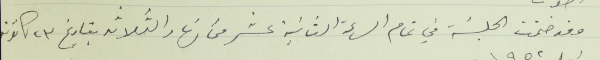
وقد ضمّت الجلسَة في تمام الساعة الثانية عشر من نهار الثلاثه بتاريخ ٢٣ كانون